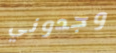
وجدوني